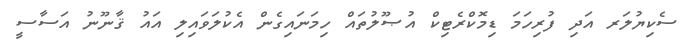
ސެކިޔުލަރ އަދި ފުރިހަމަ ޑިމޮކްރެޓިކް އުޞޫލުތައް ހިމަނައިގެން އެކުލަވައިލި އައު ޤާނޫނު އަސާސީ